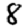
Digit: 8